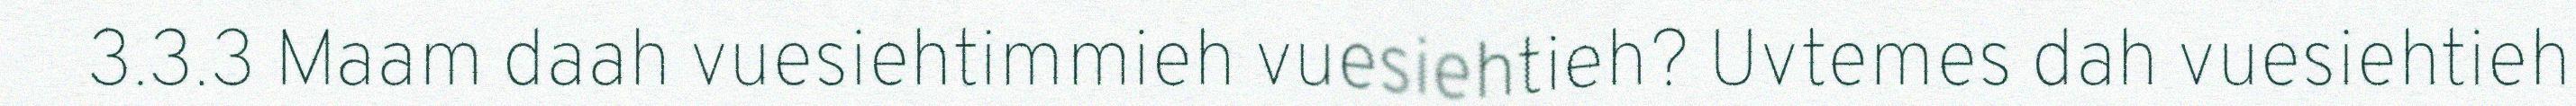
3.3.3 Maam daah vuesiehtimmieh vuesiehtieh? Uvtemes dah vuesiehtieh